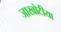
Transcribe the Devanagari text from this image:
जाखोटीया